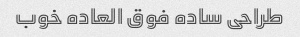
طراحی ساده فوق العاده خوب